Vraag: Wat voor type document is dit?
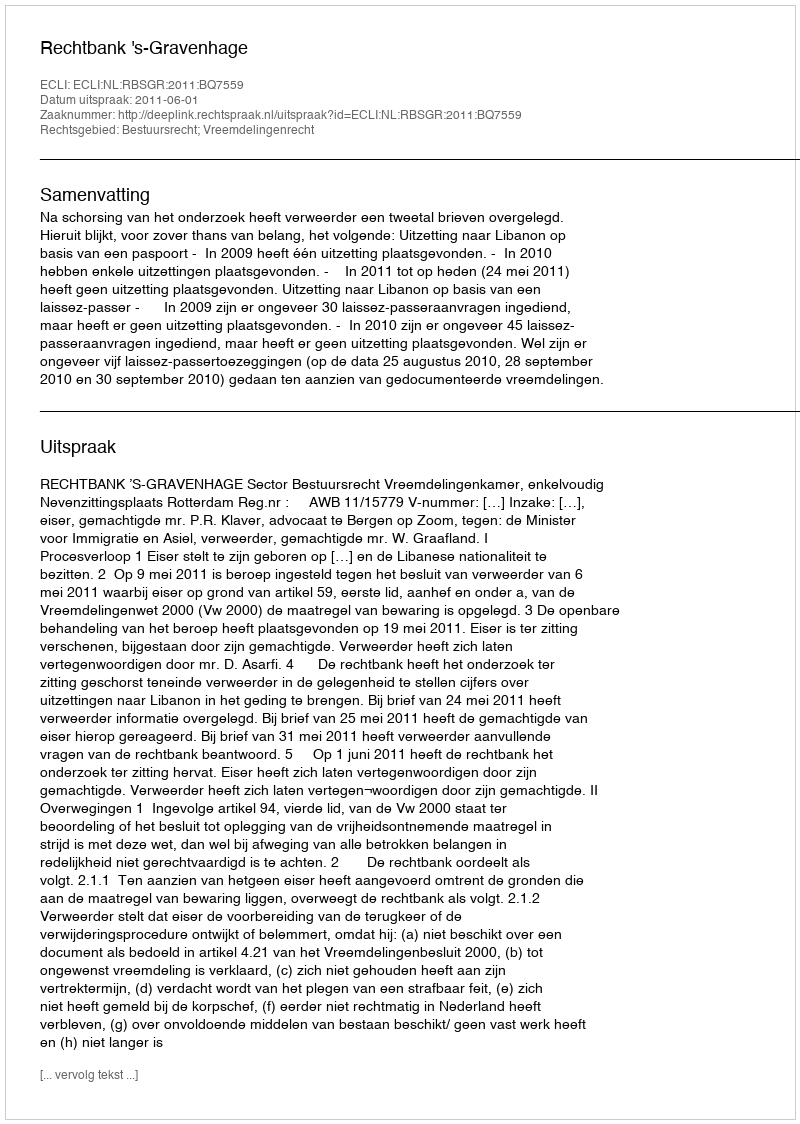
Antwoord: Uitspraak